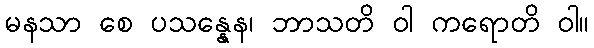
မနသာ စေ ပသန္နေန၊ ဘာသတိ ဝါ ကရောတိ ဝါ။